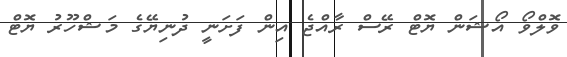
ވޮލްވޯ އޯޝަން ޔޮޓް ރޭސް ރާއްޖެ އިން ފަށަނީ ދުނިޔޭގެ މަޝްހޫރު ޔޮޓް